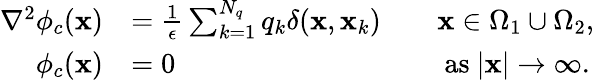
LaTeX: \begin{array}{rlrl}{\nabla^{2}\phi_{c}(\mathbf{x})}&{=\frac{1}{\epsilon}\sum_{k=1}^{N_{q}}q_{k}\delta(\mathbf{x},\mathbf{x}_{k})}&&{\mathbf{x}\in\Omega_{1}\cup\Omega_{2},}\\ {\phi_{c}(\mathbf{x})}&{=0}&&{\mathrm{~as~}|\mathbf{x}|\to\infty.}\end{array}